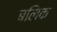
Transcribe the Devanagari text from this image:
बलिक